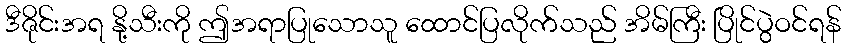
ဒီဇိုင်းအရ နို့သီးကို ဤအရာပြုသောသူ ထောင်ပြလိုက်သည် အိမ်ကြီး ပြိုင်ပွဲဝင်ရန်